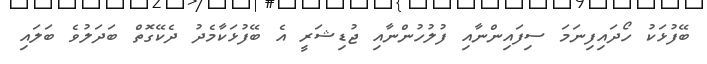
ބޭފުޅަކު ހޯދައިފިނަމަ ސިފައިންނާއި ފުލުހުންނާއި ޖުޑިޝަރީ އެ ބޭފުޅަކާމެދު ދެކޭގޮތް ބަދަލުވެ ބަލައި